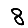
Digit: 8